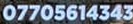
07705614343